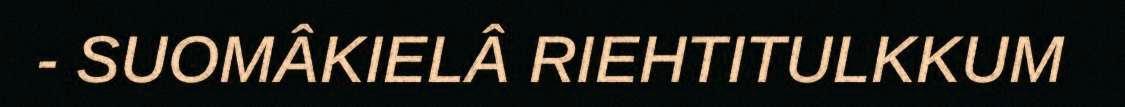
- SUOMÂKIELÂ RIEHTITULKKUM